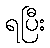
ရပြီး